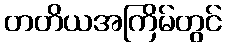
တတိယအကြိမ်တွင်